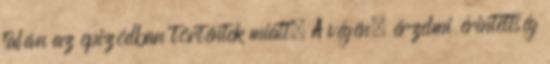
talán az epizódban történtek miatt. A végén, érzelmi érintettség